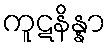
ကူဋနိန္နာ